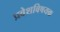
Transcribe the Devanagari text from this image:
प्रवेशविषयक